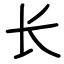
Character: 长